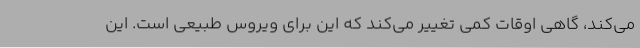
می‌کند، گاهی اوقات کمی تغییر می‌کند که این برای ویروس طبیعی است. این